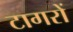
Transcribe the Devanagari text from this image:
टागरों